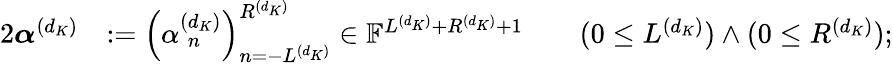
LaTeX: \begin{array}{rlr}{{2}\boldsymbol{\alpha}^{(d_{K})}}&{:=\left(\alpha_{\hphantom{(}n}^{(d_{K})}\right)_{n=-L^{(d_{K})}}^{R^{(d_{K})}}\in\mathbb{F}^{L^{(d_{K})}+R^{(d_{K})}+1}}&{\quad(0\leq L^{(d_{K})})\wedge(0\leq R^{(d_{K})});}\end{array}